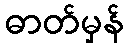
ဓာတ်မှန်